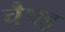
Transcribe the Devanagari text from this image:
चैपड़